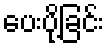
ပေးပို့ခြင်း